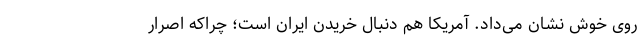
روی خوش نشان می‌داد. آمریکا هم دنبال خریدن ایران است؛ چراکه اصرار